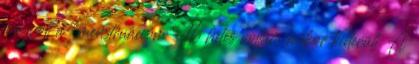
megvolt a "menstruációm". 16 hetes voltam mikor kiderült. A